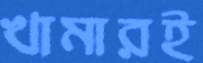
খামারই